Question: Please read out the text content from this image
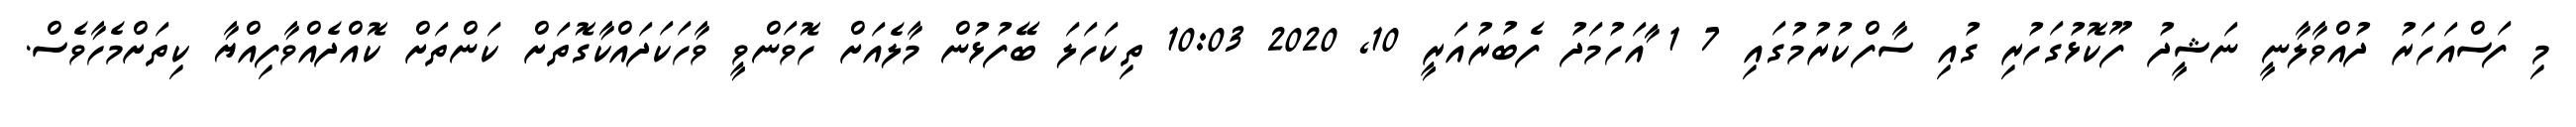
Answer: މި ފަސްއަހަރު ދުއްވާލާނީ ނަޝީދު ފޫކޮޅުގަހުރި ގުއި ސާފްކުރުމުގައި 7 1 ާައަހުމަދު ފެބުރުއަރީ 10, 2020 10:03 ތިކަހަލަ ބޭފުޅުން މާލެއަށް ހޮވަންވީ ވާހަކަދައްކާގޮތަށް ކަންތަށް ކޮއްދެއްވާފިއްޔާ ކިތަށްމެހާވެސް.